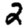
Digit: 2